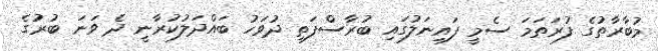
މުބާރާތުގެ ފުރަތަމަ ސެމީ ފައިނަލުގައި ބުރާސްފަތި ދުވަހު ބައްދަލުކުރާނީ ދެ ވަނަ ބުރުގެ